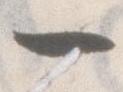
一